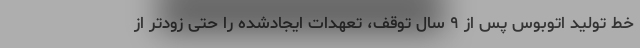
خط تولید اتوبوس پس از ۹ سال توقف، تعهدات ایجادشده را حتی زودتر از